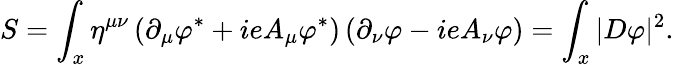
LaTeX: S=\int_{x}\eta^{\mu\nu}\left(\partial_{\mu}\varphi^{*}+ieA_{\mu}\varphi^{*}\right)\left(\partial_{\nu}\varphi-ieA_{\nu}\varphi\right)=\int_{x}|D\varphi|^{2}.